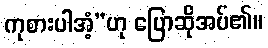
ကုစားပါအံ့”ဟု ပြောဆိုအပ်၏။